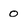
Character: 0